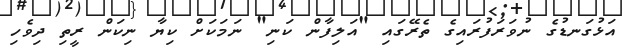
އަޅުގަނޑުގެ ނުވަރަފުރައިގެ ތެރޭގައި "އަލިފާން ކަނި" ނަމަކަށް ކިޔާ ނިކަން ރީތި ދިވެހި